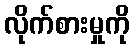
လိုက်စားမှုကို